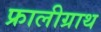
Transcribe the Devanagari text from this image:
फ्रालीग्राथ